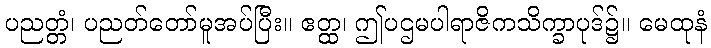
ပညတ္တံ၊ ပညတ်တော်မူအပ်ပြီး။ ဧတ္ထ၊ ဤပဌမပါရာဇိကသိက္ခာပုဒ်၌။ မေထုနံ